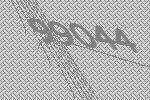
99044